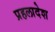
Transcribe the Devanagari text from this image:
प्रहलादेश